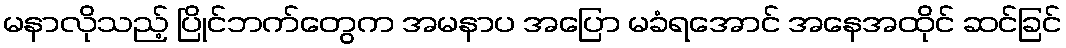
မနာလိုသည့် ပြိုင်ဘက်တွေက အမနာပ အပြော မခံရအောင် အနေအထိုင် ဆင်ခြင်